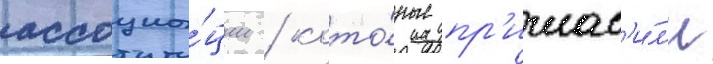
ассоциа́ции / кото́рые пр'иглас'и́л'и